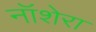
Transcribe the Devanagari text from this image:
नॉशेरा